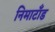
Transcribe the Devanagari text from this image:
निमाटाँड